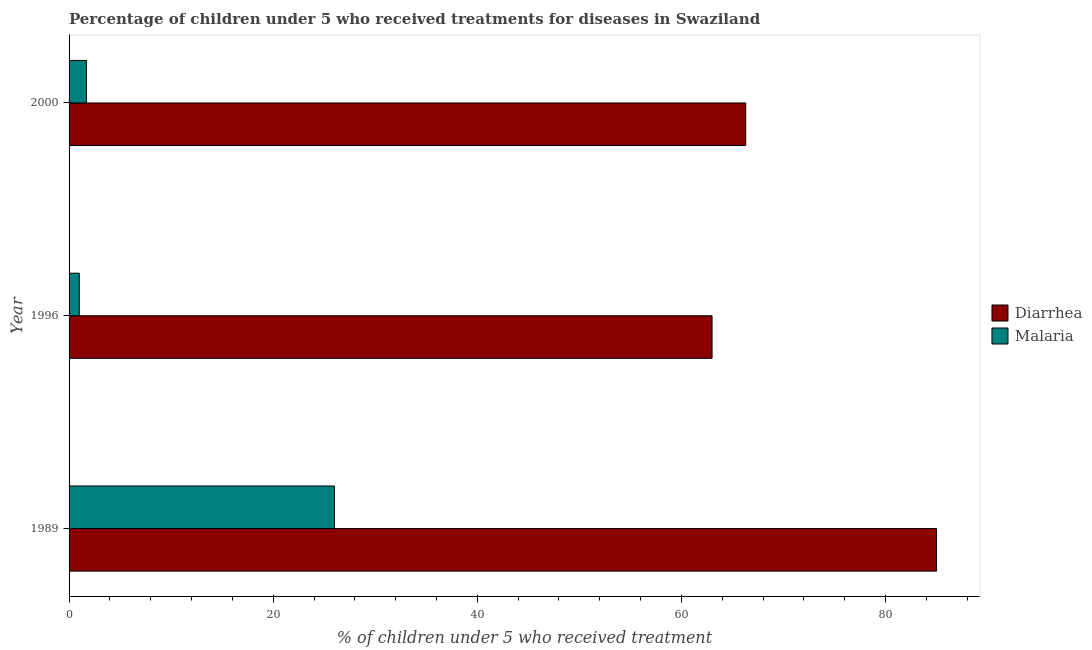
| Year | Diarrhea | Malaria |
 | --- | --- | --- |
 | 1989 | 85 | 26 |
 | 1996 | 63 | 1 |
 | 2000 | 66.3 | 1.7 |